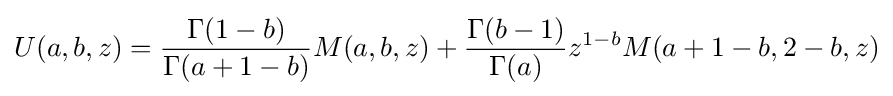
U(a,b,z)={\frac {\Gamma (1-b)}{\Gamma (a+1-b)}}M(a,b,z)+{\frac {\Gamma (b-1)}{\Gamma (a)}}z^{1-b}M(a+1-b,2-b,z)